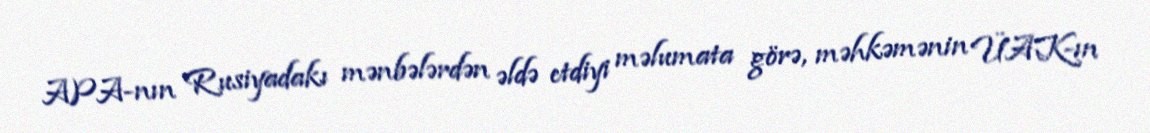
APA-nın Rusiyadakı mənbələrdən əldə etdiyi məlumata görə, məhkəmənin ÜAK-ın